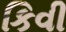
કિવી